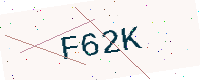
Text: F62K